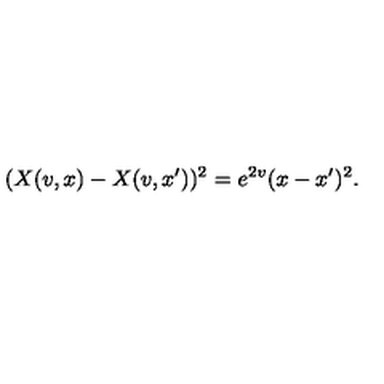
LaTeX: ( X ( v , x ) - X ( v , x ^ { \prime } ) ) ^ { 2 } = e ^ { 2 v } ( x - x ^ { \prime } ) ^ { 2 } .